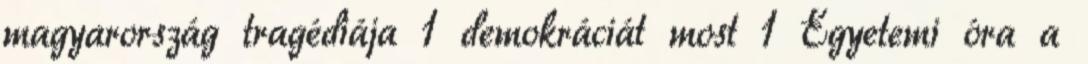
magyarország tragédiája 1 demokráciát most 1 Egyetemi óra a